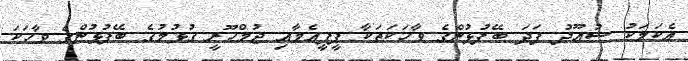
އެކަމަކު ސުއޫދު ފަދަ ބޭފުޅުންގެ ވާހަކަތަކާ ޕީޕީއެމާއި ޖުމްހޫރީ ގުޅުމުގެ ބޭފުޅުންގެ ވާހަކަ